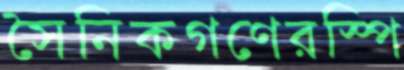
সৈনিকগণেরস্পি